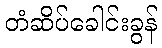
တံဆိပ်ခေါင်းခွန်